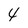
Character: 4